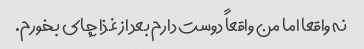
نه واقعا اما من واقعاً دوست دارم بعد از غذا چای بخورم.